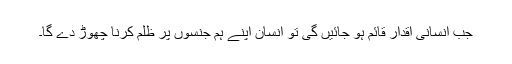
جب انسانی اقدار قائم ہو جائیں گی تو انسان اپنے ہم جنسوں پر ظلم کرنا چھوڑ دے گا۔